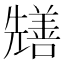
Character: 𭀺